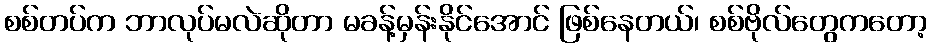
စစ်တပ်က ဘာလုပ်မလဲဆိုတာ မခန့်မှန်းနိုင်အောင် ဖြစ်နေတယ်၊ စစ်ဗိုလ်တွေကတော့